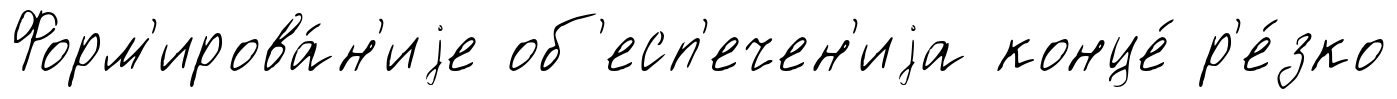
Форм'ирова́н'иjе об'есп'ечен'иjа конце́ р'е́зко